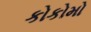
કોકોમો